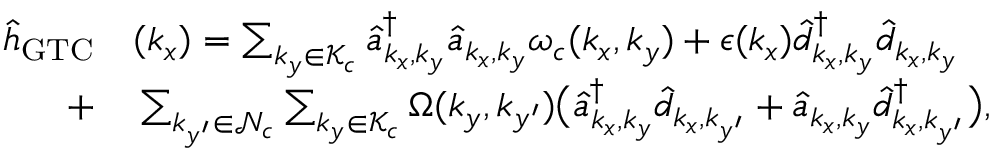
\begin{array} { r l } { { \hat { h } } _ { \mathrm { G T C } } } & { { } ( k _ { x } ) = \sum _ { { k _ { y } \in \mathcal { K } _ { c } } } \hat { a } _ { { k _ { x } , k _ { y } } } ^ { \dagger } \hat { a } _ { { k _ { x } , k _ { y } } } \omega _ { c } ( { k _ { x } , k _ { y } } ) + \epsilon ( k _ { x } ) \hat { d } _ { k _ { x } , k _ { y } } ^ { \dagger } \hat { d } _ { k _ { x } , k _ { y } } } \\ { + } & { { } \sum _ { k _ { y ^ { \prime } } \in { \mathcal { N } _ { c } } } \sum _ { k _ { y } \in { \mathcal { K } _ { c } } } \Omega ( { k _ { y } , k _ { y ^ { \prime } } } ) \big ( \hat { a } _ { k _ { x } , k _ { y } } ^ { \dagger } \hat { d } _ { k _ { x } , k _ { y ^ { \prime } } } + \hat { a } _ { { k _ { x } , k _ { y } } } \hat { d } _ { k _ { x } , k _ { y ^ { \prime } } } ^ { \dagger } \big ) , } \end{array}